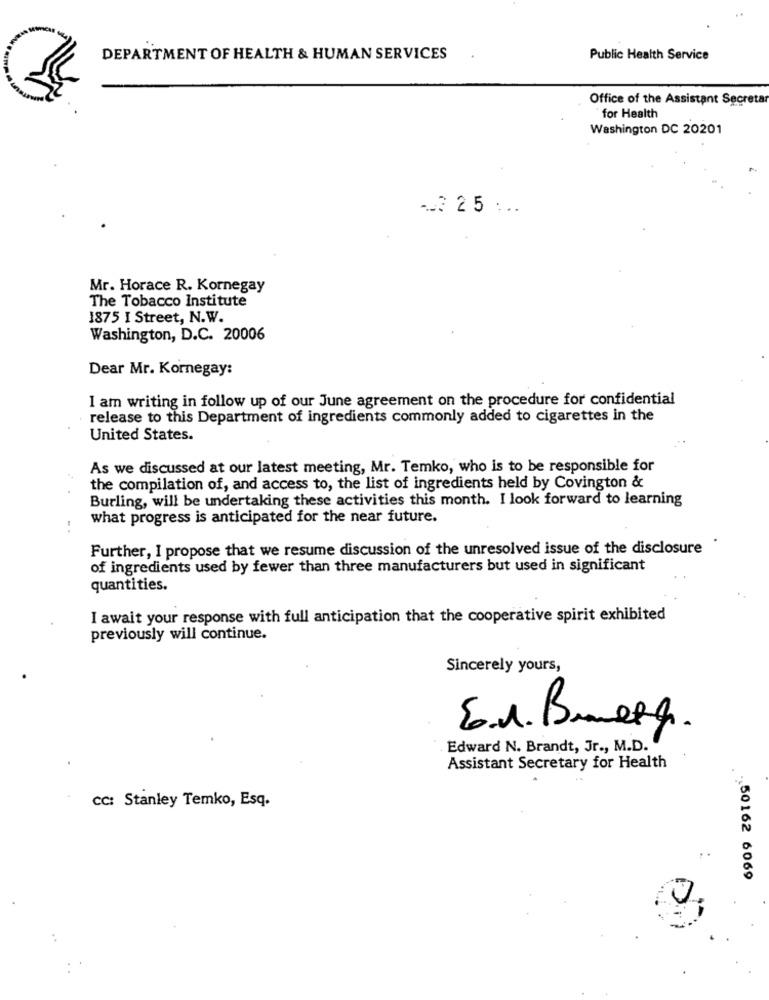
DEPARTMENT OF HEALTH & HUMAN SERVICES
Public Health Service
Office of the Assistant Secretar
`for Health
Washington DC 20201
-2 25 ...
Mr. Horace R. Kornegay
The Tobacco Institute
1875 I Street, N.W.
Washington, D.C. 20006
Dear Mr. Kornegay:
I am writing in follow up of our June agreement on the procedure for confidential
release to this Department of ingredients commonly added to cigarettes in the
United States.
As we discussed at our latest meeting, Mr. Temko, who is to be responsible for
the compilation of, and access to, the list of ingredients held by Covington &
Burling, will be undertaking these activities this month. I look forward to learning
what progress is anticipated for the near future.
..
Further, I propose that we resume discussion of the unresolved issue of the disclosure
of ingredients used by fewer than three manufacturers but used in significant
quantities.
I await your response with full anticipation that the cooperative spirit exhibited
previously will continue.
Sincerely yours,
6.1. Bueng.
Edward N. Brandt, Jr ., M.D.
Assistant Secretary for Health
CC: Stanley Temko, Esq.
. 150162 6069